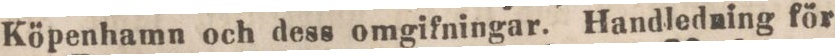
Köpenhamn och dess omgifningar. Handledning för